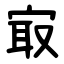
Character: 㝡